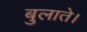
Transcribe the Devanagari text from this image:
बुलाते।